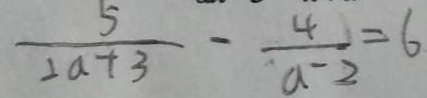
\frac { 5 } { 2 a + 3 } - \frac { 4 } { a - 2 } = 6